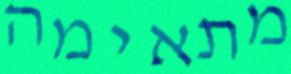
מתאימה